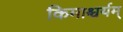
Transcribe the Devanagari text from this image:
किमाश्चर्यम्